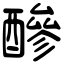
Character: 醦